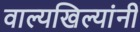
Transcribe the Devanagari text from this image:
वाल्यखिल्यांनी